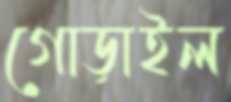
গোড়াইল